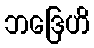
ဘဒြေဟိ